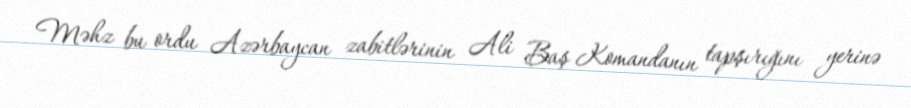
Məhz bu ordu Azərbaycan zabitlərinin Ali Baş Komandanın tapşırığını yerinə